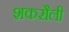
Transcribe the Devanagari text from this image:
शकरौली